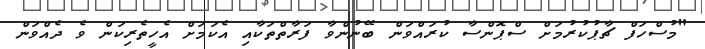
"މުސްހަފް ޗާޕުކުރުމަށް ސްޕޮންސާ ކުރައްވަން ބޭނުންވާ ފަރާތްތަކާއި އެކަމަށް އެހީތެރިކަން ވެ ދެއްވަން